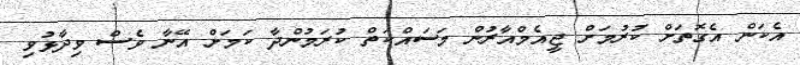
އެކަން އެގޮތަށް ކުރުމަށް ޖީއެމްއާރުން މަސައްކަތް ކުރަމުންދާ ކަމަށް އޭނާ ވެސް ވިދާޅުވި